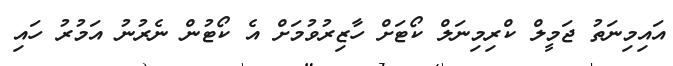
އައިމިނަތު ޖަމީލް ކްރިމިނަލް ކޯޓަށް ހާޒިރުވުމަށް އެ ކޯޓުން ނެރުނު އަމުރު ހައި